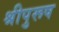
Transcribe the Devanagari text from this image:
श्रीपुरूष